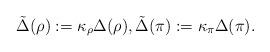
LaTeX: \begin{align*}\tilde{\Delta}(\rho) := \kappa_\rho \Delta(\rho),\tilde{\Delta}(\pi) := \kappa_\pi \Delta(\pi).\end{align*}